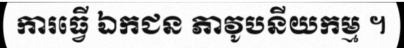
ការធ្វើ ឯកជន ភាវូបនីយកម្ម ។